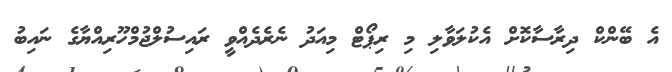
އެ ބޭންކް ދިރާސާކޮށް އެކުލަވާލި މި ރިޕޯޓް މިއަދު ނެރެދެއްވީ ރައިސުލްޖުމްހޫރިއްޔާގެ ނައިބު